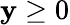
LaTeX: \mathbf{y}\geq0